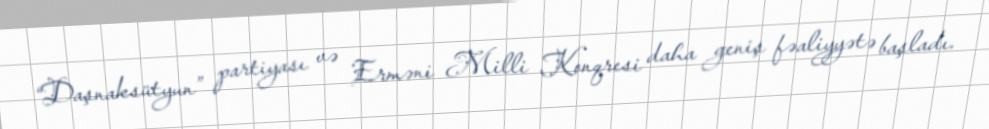
“Daşnaksütyun” partiyası və Erməni Milli Konqresi daha geniş fəaliyyətə başladı.